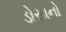
ડોસાનો